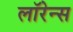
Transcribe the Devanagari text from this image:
लाॅरेन्स